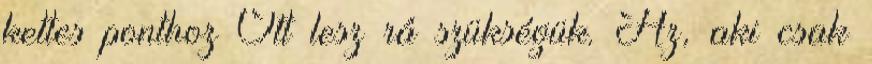
kettes ponthoz Ott lesz rá szükségük. Az, aki csak